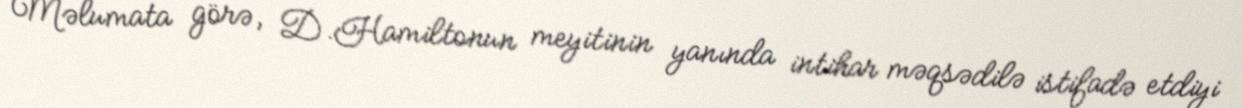
Məlumata görə, D.Hamiltonun meyitinin yanında intihar məqsədilə istifadə etdiyi